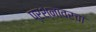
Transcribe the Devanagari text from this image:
प्रश्नावरचा